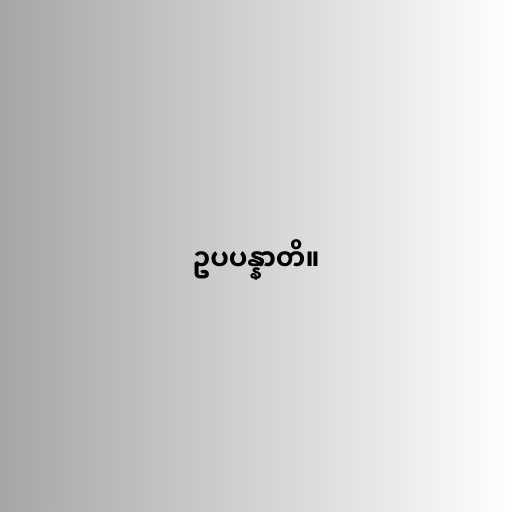
ဥပပန္နာတိ။